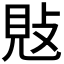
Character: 𢽕